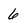
Character: 6